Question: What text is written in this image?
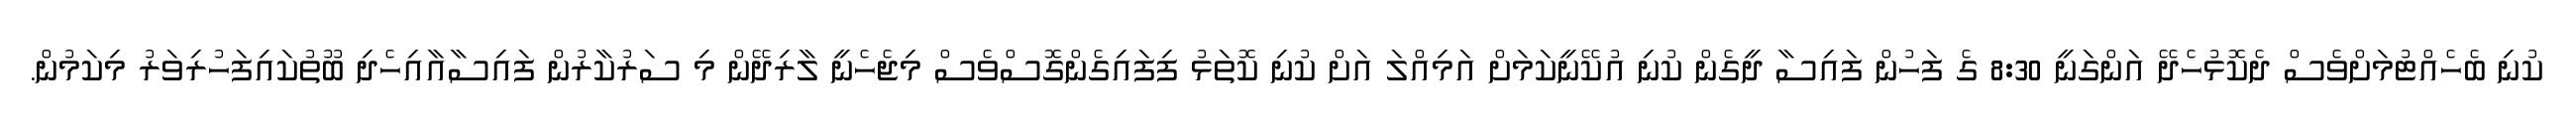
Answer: ކުނި ބެހެއްޓުމަށްވެސް ދެކޮޅުހެދޭ އަންގަނީ 8:30 ގެ ފަހުން ފައިސާ ދީގެން ކުނި އުކޭނީކަމަށް އަމިއްލަ އަށް ކުނި ކޮތަޅު ފިފައިގެންގޮސްވެސް މިޖެހެނީ ލާރިދޭން މި ސަރުކާރުން ފައިސާއާއިހެދި ބޫތުކައިފަހުރިވަރު މިކަމުން.